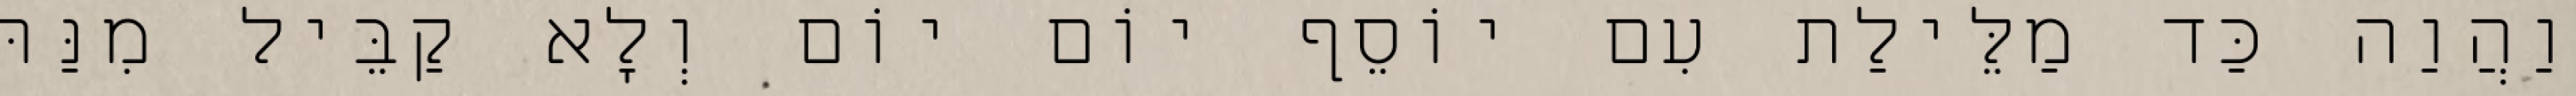
וַהֲוַה כַּד מַלֵּילַת עִם יוֹסֵף יוֹם יוֹם וְלָא קַבֵּיל מִנַּהּ